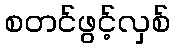
စတင်ဖွင့်လှစ်